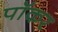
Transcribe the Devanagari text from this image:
पॉकर